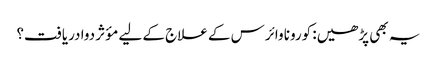
یہ بھی پڑھیں: کورونا وائرس کے علاج کے لیے مؤثر دوا دریافت؟